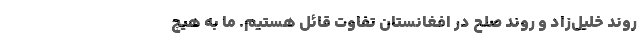
روند خليل‌زاد و روند صلح در افغانستان تفاوت قائل هستيم. ما به هيچ